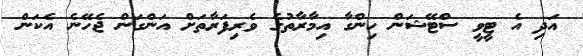
އަދި އެ ޓީވީ ސްޓޭޝަން ހިންގާ އިމާރާތުގެ ވެރިފަރާތަށް އަންގަން ޖެހޭނެ އެކަން